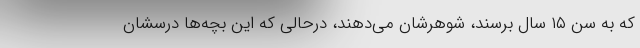
که به سن ۱۵ سال برسند، شوهرشان می‌دهند، درحالی که این بچه‌ها درسشان